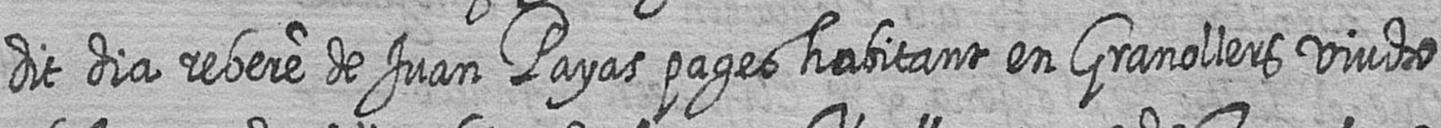
dit dia rebere de Juan Payas pages habitant en Granollers viudo